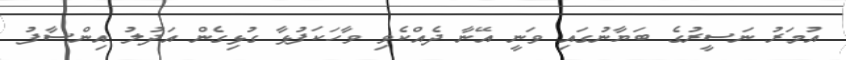
އުމަރު ނަސީރުގެ ބަޔާނުގައި ވަނީ އޭނާ ދެއްކެވި ވާހަކަފުޅާ ގުޅިގެން އަދުލު އިންސާފު